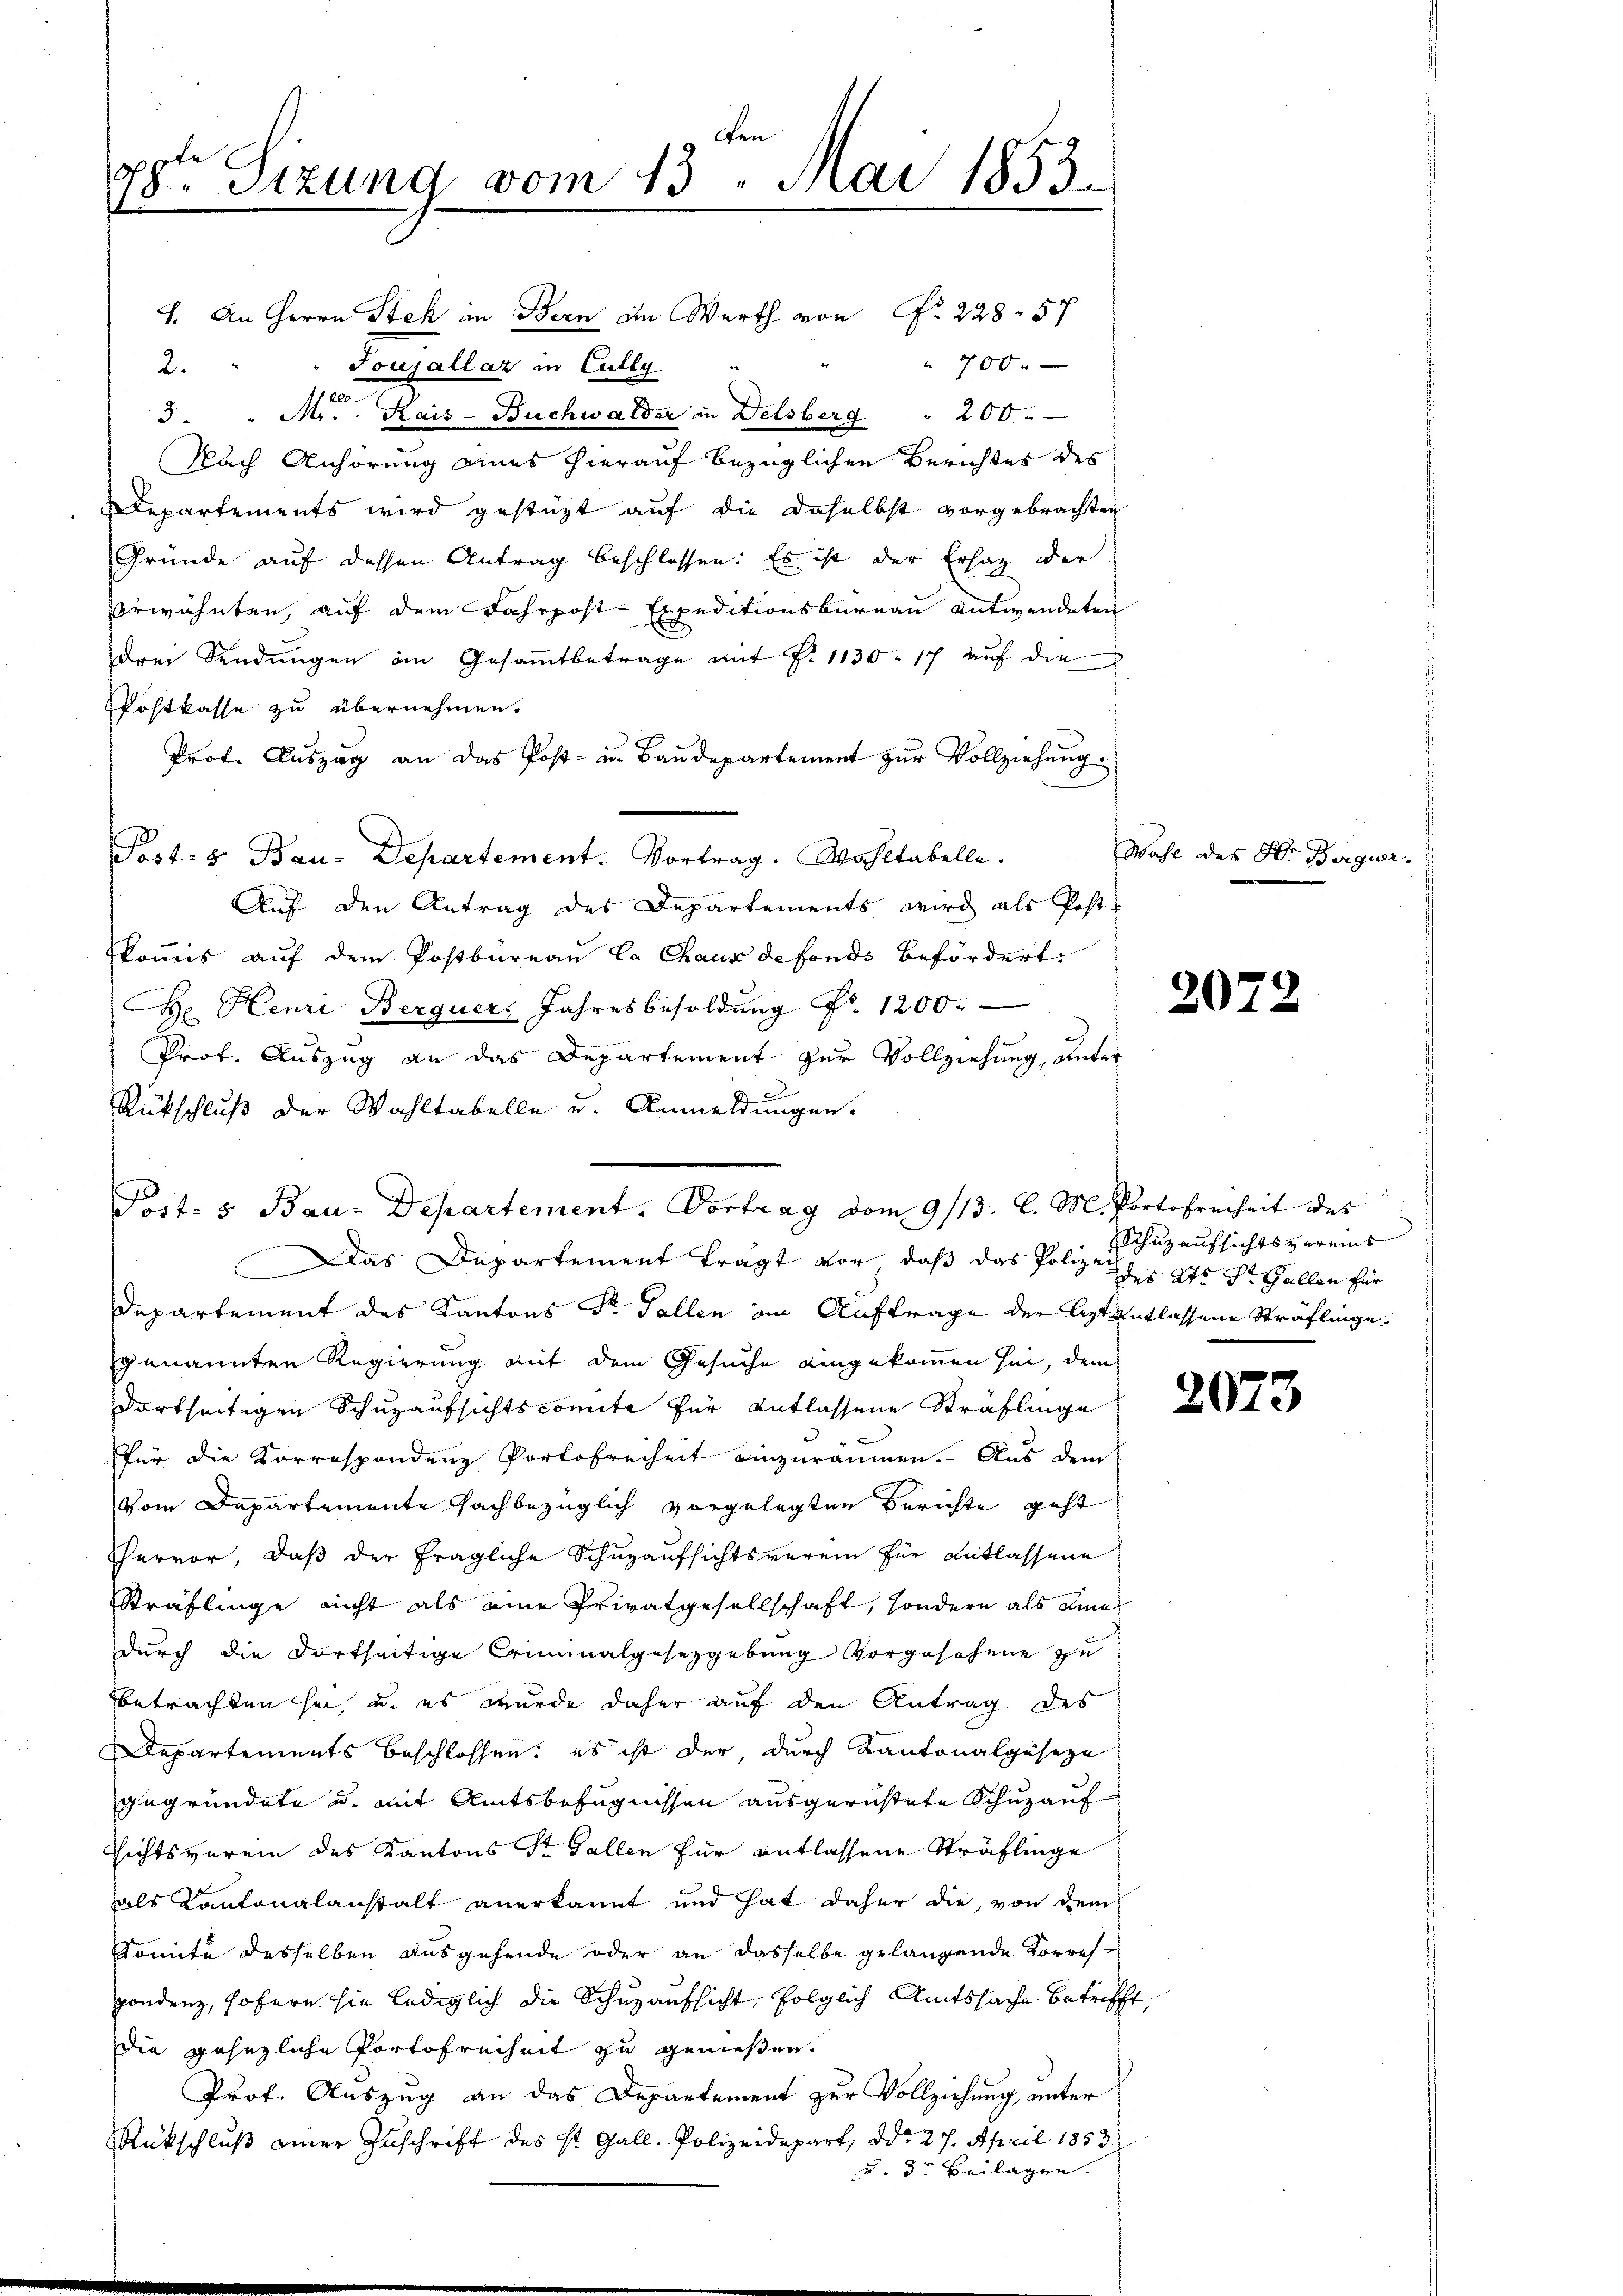
den
 Sizung vom 13. Mai 1853
.
.

1. An Herrn Steh in Bern an Werth von Nr. 228. 57
700.
2. " " Soujallar in Cully
a
3. " Mr. Kais-Buchwalder in Delsberg " 200.
Nach Anhörung eines hierauf bezüglichen Berichtes des
Departements wird gestüzt auf die daselbst vorgebrachten
Gründe auf dessen Antrag beschlossen: Es ist der Ersatz der
erwähnten, auf dem Fahrpost-Expeditionsbureau entwendeten
drei Sendungen im Gesammtbetrage mit P. 1130. 17 auf die
Postkasse zu übernehmen.
Prof. Auszug an das Post- u. Baudepartement zur Vollziehung
Post- u. Bau-Departement. Vortrag. Wahltabelle.
Auf den Antrag des Departements wird als Post-
Ekonis auf dem Postbüreau Ca Chaux de fonds befördert.
 Henri Berquers Jahresbesoldung Fr. 1200.
Prof. Auszug an das Departement zur Vollziehung, unter
x
Rückschluß der Wahltabelle u. Anmeldungen.
Das Departement tragt vor, daß das Policuzaufsichtsvereins
Departement des Kantons Sr. Fallen im Auftrage der Aptentlassene Sträflinge
genannten Regierung mit dem Gesuche eingekommen sei, dem
dortseitigen Schuzaufsichtscomite für entlassene Sträflinge
für die Korrespondenz Portofreiheit einzuräumen. Aus dem
vom Departemente Fachbezüglich vorgelegten Berichte geht
Thervor, daß der fragliche Schuzaufsichtsverein für Entlassene
Sträflinge nicht als eine Privatgesellschaft, sondern als eine
durch die dortseitige Criminalgesetzgebung vorgesehene zu
betrachten sei, u. es wurde daher auf den Antrag des
Departements beschlossen: es ist der, durch Kantonalgeseze
gegründete u. mit Amtsbefugnissen ausgerichtete Schuz auf
Richtsverein des Kantons St. Gallen für entlassene Sträflinge
als Kantonalanstalt anerkannt und hat daher die, von dem
komite desselben ausgehende oder an dasselbe gelangende Korres-
pondenz, sofern sie lediglich die Schuzaufsicht, folglich Amtssache betrifft,
die gesezliche Portofreiheit zu genießen.
Prof. Auszug an das Departement zur Vollziehung, unter
Rückschluß einer Zuschrift des St. Gall. Polizeidepart, ddo 27. April 1853
u. dr Beilagen.

Post- 5. Bau-Departement. Vortrag vom 9/13. l. M. Portofreiheit des

Wahl des H. Bergwer.

207

207

des Kts St. Gallen für